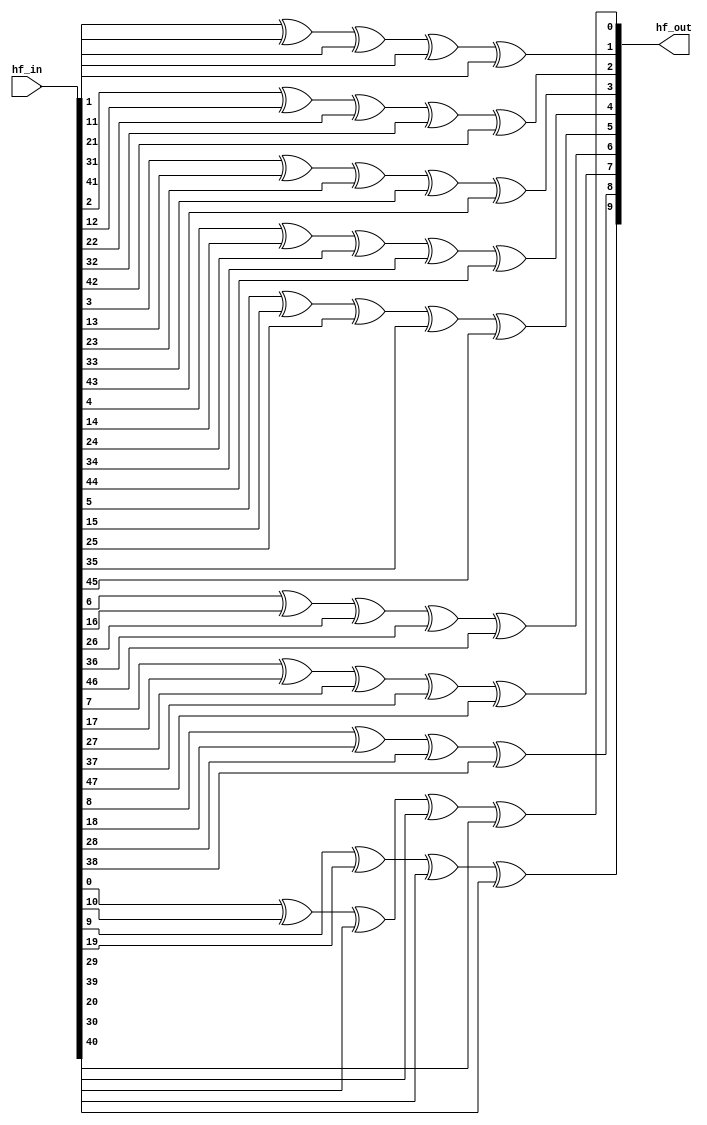
/*
 *  Simple parameterized hash function
 * 
 * Takes an input item and folds it back upon itself using xor
 * as a reduction function.  Works only for hash tables with
 * a natural power of 2.
 */
module basic_hashfunc
  #(parameter input_sz=48,
    parameter table_sz=1024,
    parameter fsz=$clog2(table_sz))
  (
   input [input_sz-1:0]  hf_in,
   output reg [fsz-1:0]  hf_out);

  // const function not supported by Icarus Verilog
  //localparam folds = num_folds(input_sz, fsz);
  localparam folds = 5;

  wire [folds*fsz-1:0]   tmp_array;
  
  assign tmp_array = hf_in;
  
  integer                f, b;

  always @*
    begin
      for (b=0; b<fsz; b=b+1)
        begin
          hf_out[b] = 0;
          for (f=0; f<folds; f=f+1)
            hf_out[b] = hf_out[b]^tmp_array[f*fsz+b];
        end
    end

  function integer num_folds;
    input [31:0] in_sz;
    input [31:0] func_sz;
    integer      tmp_in_sz;
    begin
      num_folds = 0;
      tmp_in_sz = in_sz;
      while (tmp_in_sz > 0)
        begin
          tmp_in_sz = tmp_in_sz - func_sz;
          num_folds = num_folds + 1;
        end
    end
  endfunction
      
/* -----\/----- EXCLUDED -----\/-----
  function integer clogb2;
    input [31:0] depth;
    integer      i;
    begin
      i = depth;
      for (clogb2=0; i>0; clogb2=clogb2+1)
        i = i >> 1;
    end
  endfunction // for
 -----/\----- EXCLUDED -----/\----- */
  
endmodule // hashfunc